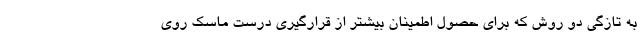
به تازگی دو روش که برای حصول اطمینان بیشتر از قرارگیری درست ماسک روی